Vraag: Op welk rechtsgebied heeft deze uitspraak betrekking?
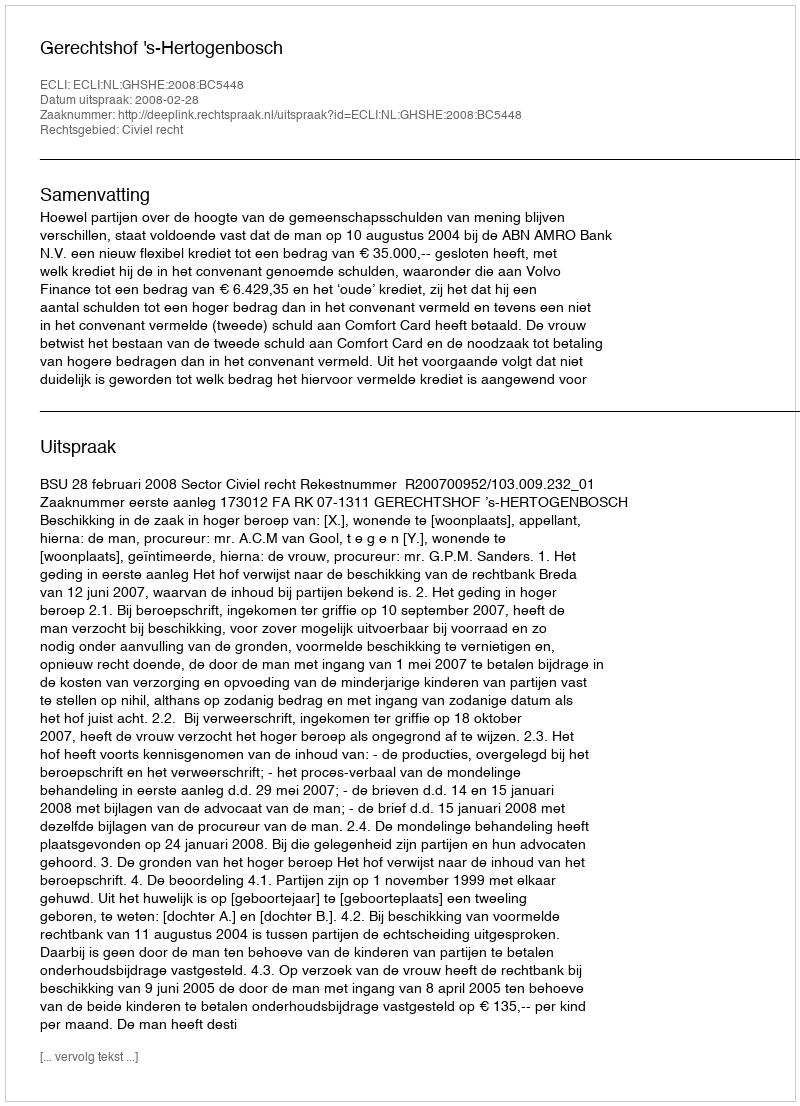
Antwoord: Civiel recht